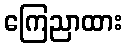
ကြေညာထား